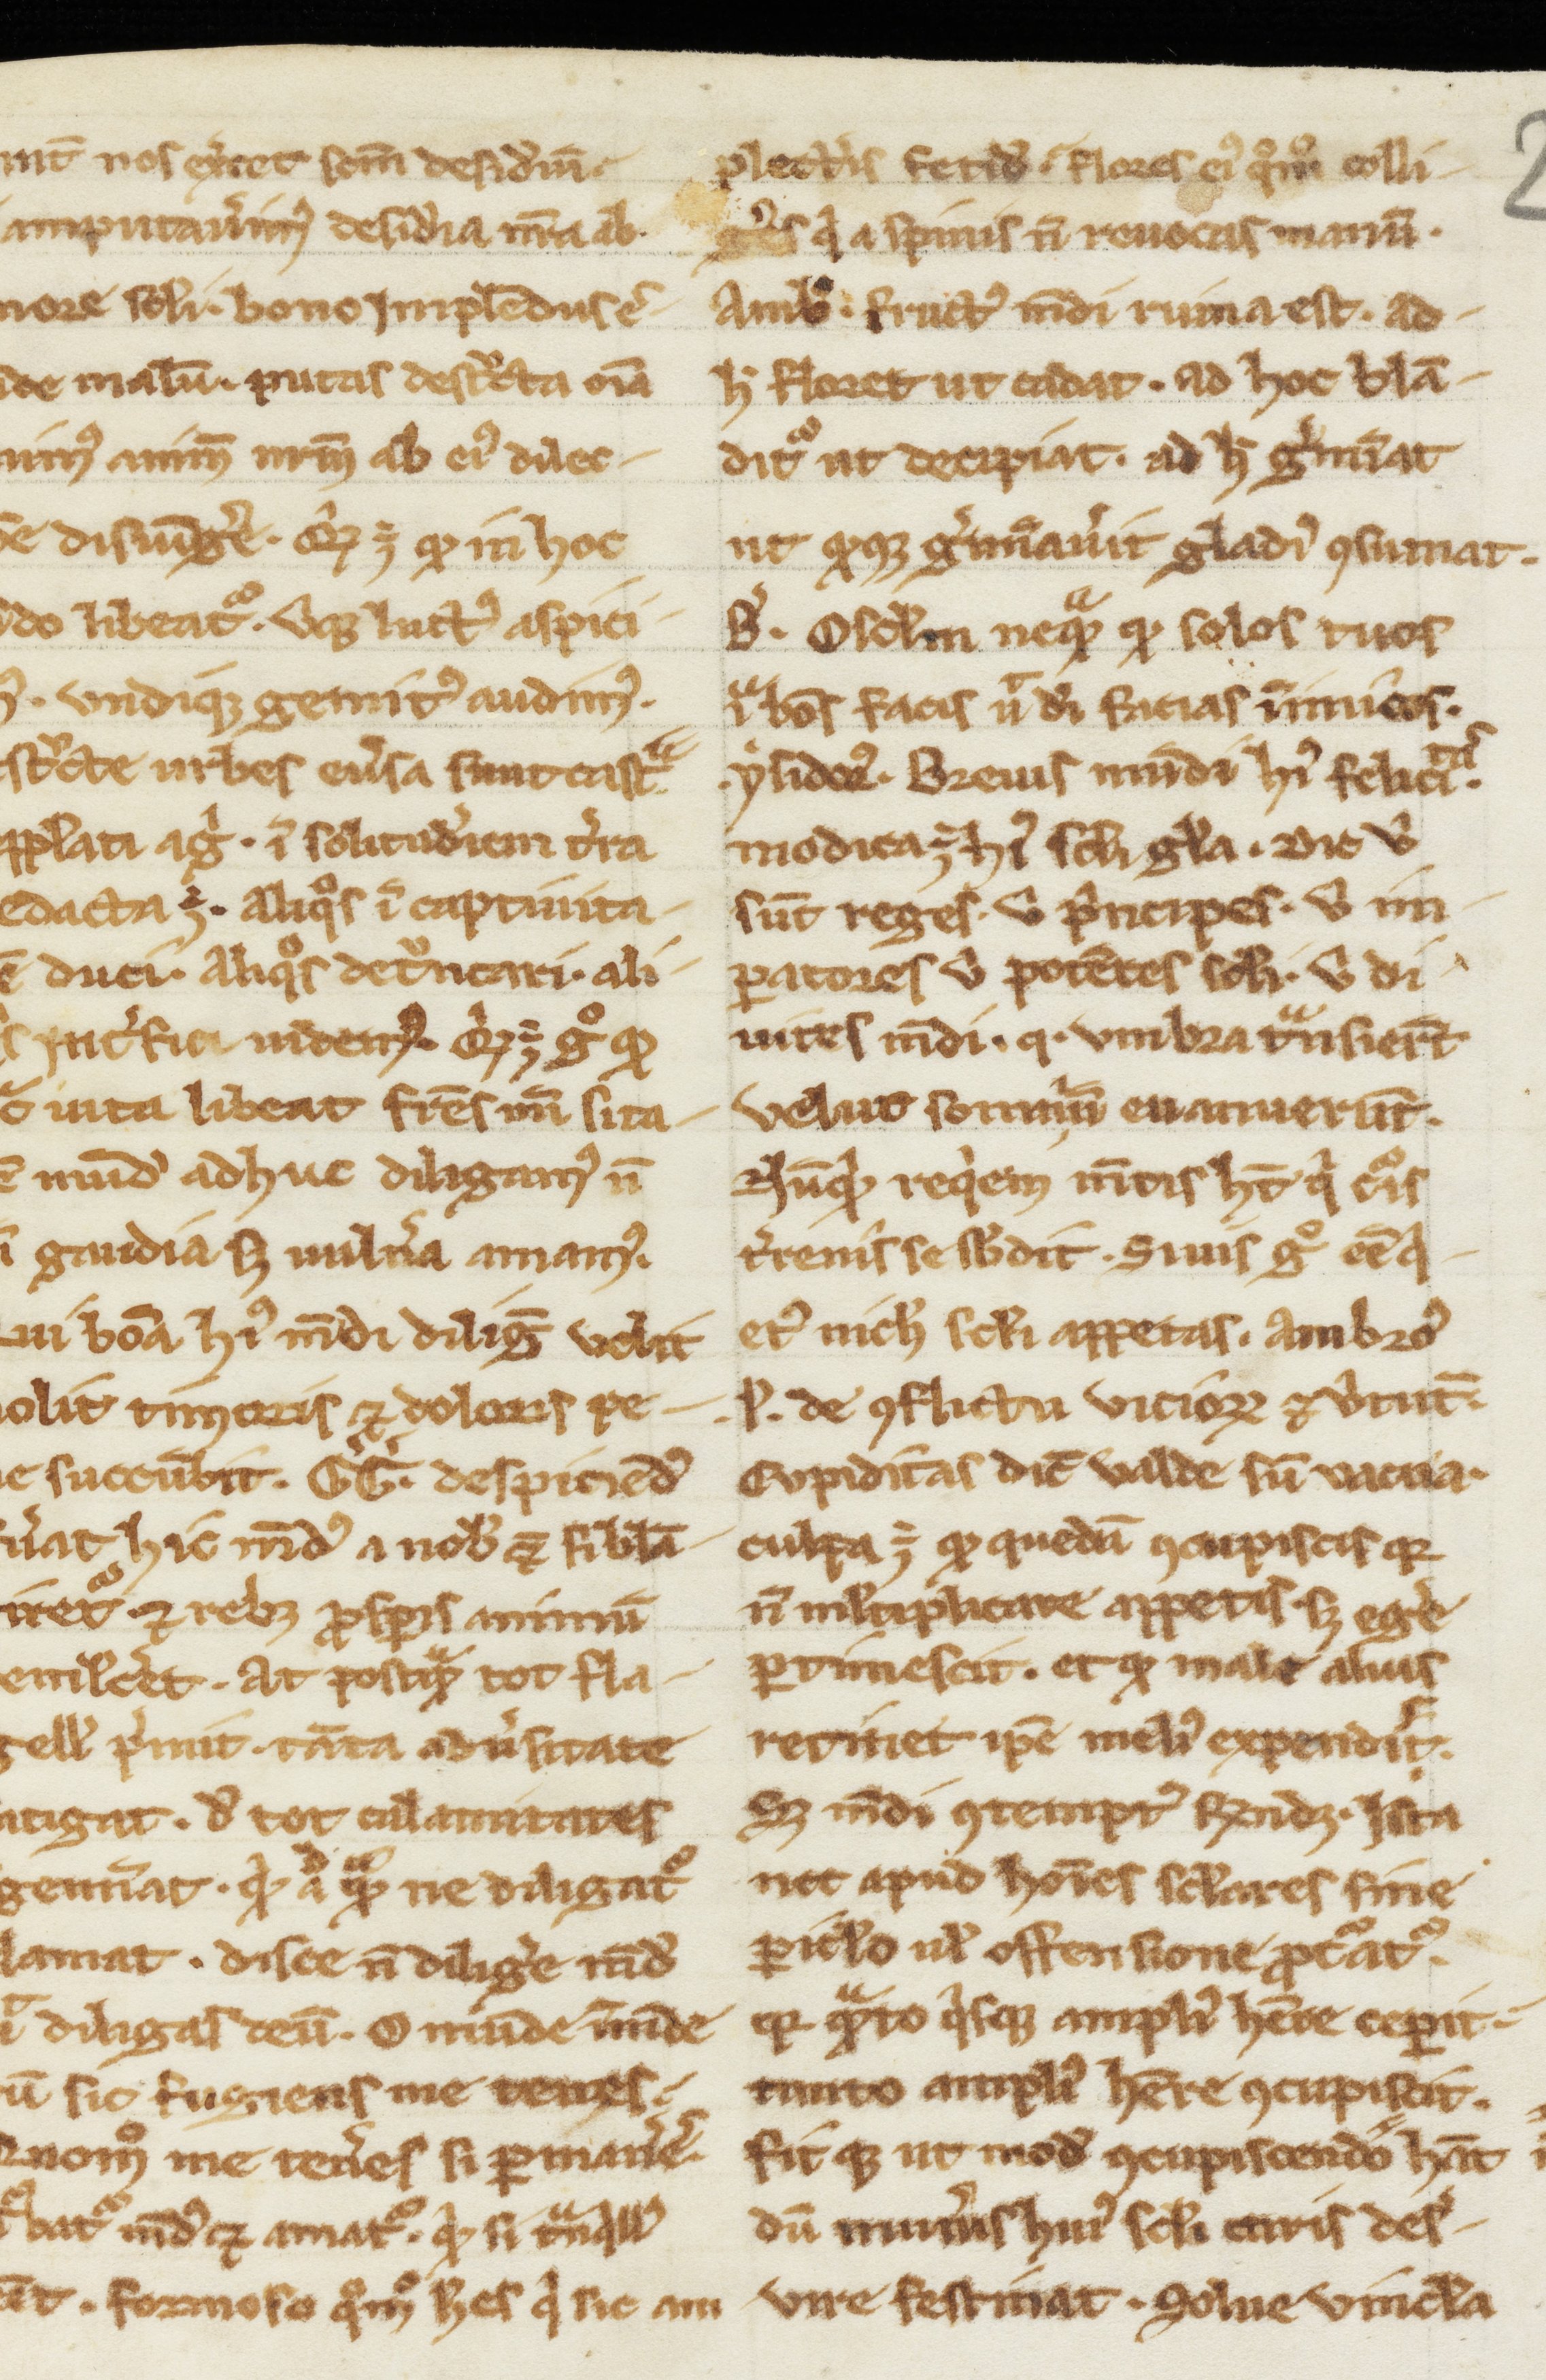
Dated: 900–1099